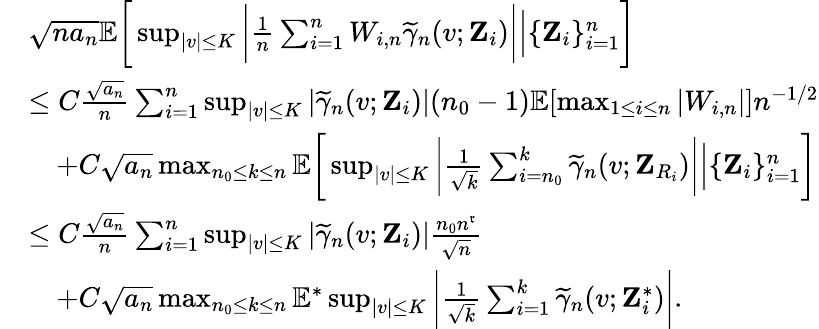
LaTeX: \begin{array}{rl}&{\sqrt{na_{n}}\mathbb{E}\bigg[\operatorname*{sup}_{|v|\leq K}\bigg|\frac{1}{n}\sum_{i=1}^{n}W_{i,n}\widetilde{\gamma}_{n}(v;\mathbf{Z}_{i})\bigg|\Big\vert\{ \mathbf{Z}_{i}\} _{i=1}^{n}\bigg]}\\ &{\leq C\frac{\sqrt{a_{n}}}{n}\sum_{i=1}^{n}\operatorname*{sup}_{|v|\leq K}|\widetilde{\gamma}_{n}(v;\mathbf{Z}_{i})|(n_{0}-1)\mathbb{E}[\operatorname*{max}_{1\leq i\leq n}|W_{i,n}|]n^{-1/2}}\\ &{\quad+C\sqrt{a_{n}}\operatorname*{max}_{n_{0}\leq k\leq n}\mathbb{E}\bigg[\operatorname*{sup}_{|v|\leq K}\bigg|\frac{1}{\sqrt{k}}\sum_{i=n_{0}}^{k}\widetilde{\gamma}_{n}(v;\mathbf{Z}_{R_{i}})\bigg|\Big\vert\{ \mathbf{Z}_{i}\} _{i=1}^{n}\bigg]}\\ &{\leq C\frac{\sqrt{a_{n}}}{n}\sum_{i=1}^{n}\operatorname*{sup}_{|v|\leq K}|\widetilde{\gamma}_{n}(v;\mathbf{Z}_{i})|\frac{n_{0}n^{\mathfrak{r}}}{\sqrt{n}}}\\ &{\quad+C\sqrt{a_{n}}\operatorname*{max}_{n_{0}\leq k\leq n}\mathbb{E}^{*}\operatorname*{sup}_{|v|\leq K}\bigg|\frac{1}{\sqrt{k}}\sum_{i=1}^{k}\widetilde{\gamma}_{n}(v;\mathbf{Z}_{i}^{*})\bigg|.}\end{array}